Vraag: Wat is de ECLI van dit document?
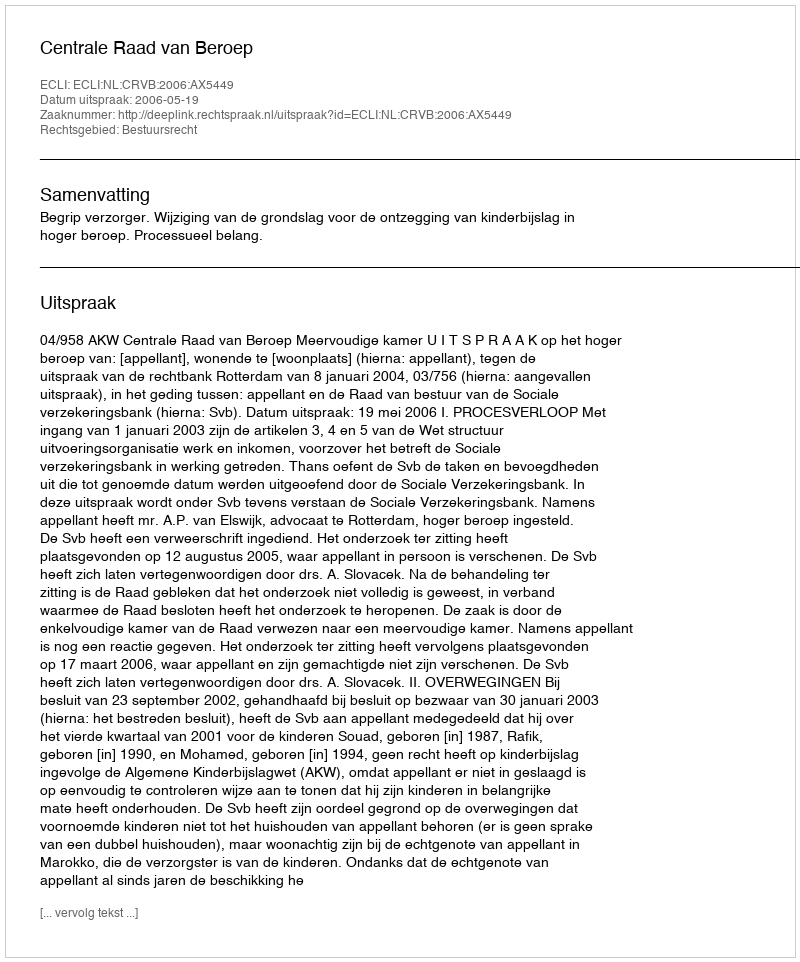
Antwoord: ECLI:NL:CRVB:2006:AX5449